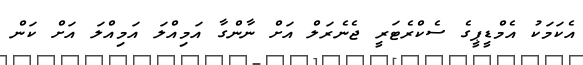
އެކަމަކު އެމްޑީޕީގެ ސެކްރެޓަރީ ޖެނެރަލް އަށް ނާންގާ އަމިއްލަ އަމިއްލަ އަށް ކަން